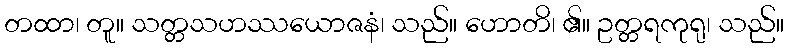
တထာ၊ တူ။ သတ္တသဟဿယောဇနံ၊ သည်။ ဟောတိ၊ ၏။ ဥတ္တရကုရု၊ သည်။